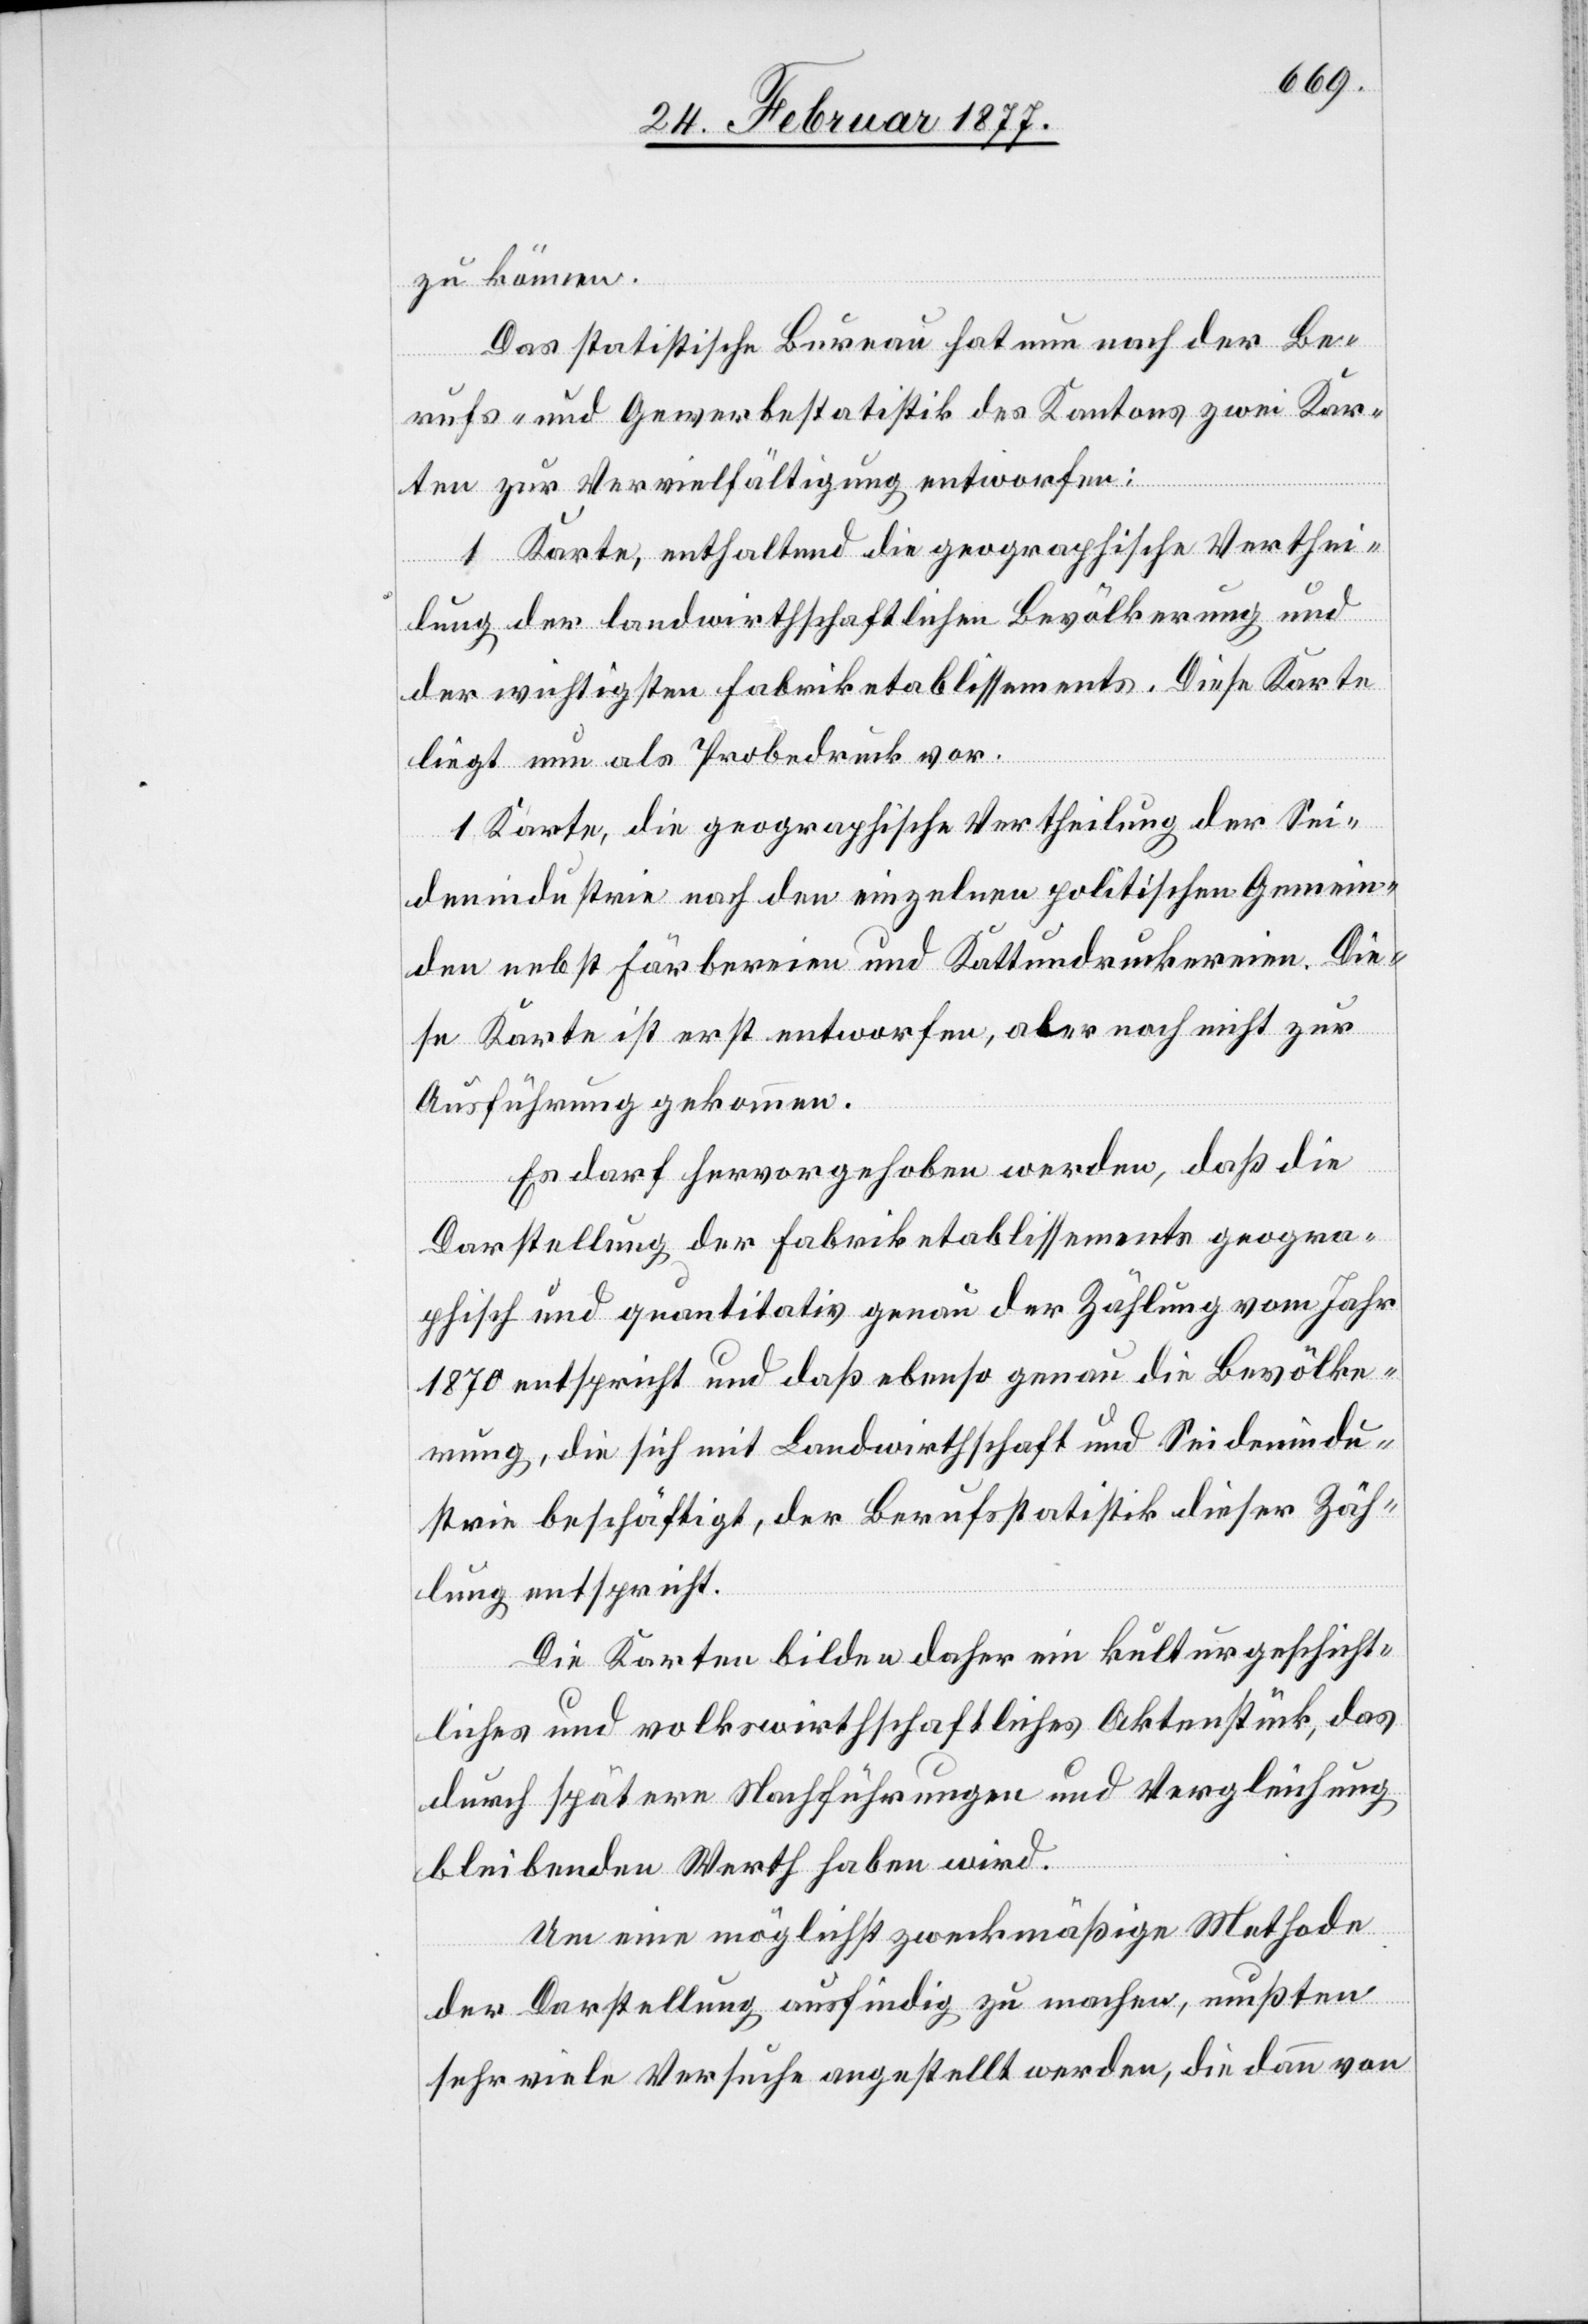
zu können.
Das statistische Bureau hat nun nach der Be¬
rufs- und Gewerbsstatistik des Kantons zwei Kar¬
ten zur Vervielfältigung entworfen:
1 Karte, enthaltend die geographische Verthei¬
lung der landwirthschaftlichen Bevölkerung und
der wichtigsten Fabriketablissements. Diese Karte
liegt nun als Probedruck vor.
1 Karte, die geographische Vertheilung der Sei¬
denindustrie nach den einzelnen politischen Gemein¬
den nebst Färbereien und Kattundruckereien. Die¬
se Karte ist erst entworfen, aber noch nicht zur
Ausführung gekommen.
Es darf hervorgehoben werden, daß die
Darstellung der Fabriketablissemente geogra¬
phisch und quantitativ genau der Zählung vom Jahr
1870 entspricht und daß ebenso genau die Bevölke¬
rung, die sich mit Landwirthschaft und Seidenindu¬
strie beschäftigt, der Berufsstatistik dieser Zäh¬
lung entspricht.
Die Karten bilden daher ein kulturgeschicht¬
liches und volkswirthschaftliches Aktenstück, das
durch spätere Nachführungen und Vergleichung
bleibenden Werth haben wird.
Um eine möglichst zweckmäßige Methode
der Darstellung ausfindig zu machen, mußten
sehr viele Versuche angestellt werden, die dann von